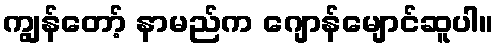
ကျွန်တော့် နာမည်က ဂျောန်မျောင်ဆူပါ။